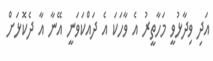
އަދި ވިދާޅުވީ މަހާތީރު އެ ވާހަކަ އެ ދައްކަވަނީ އޭނާ އާ ދެކޮޅަށް